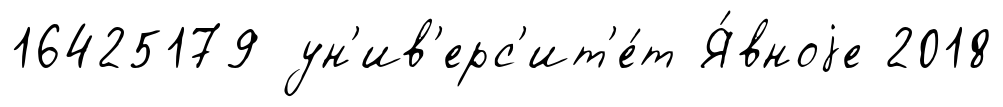
16425179 ун'ив'ерс'ит'е́т Я́вноjе 2018